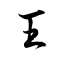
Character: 王